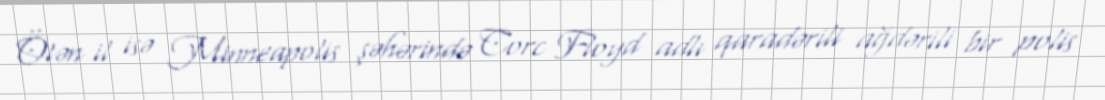
Ötən il isə Minneapolis şəhərində Corc Floyd adlı qaradərili ağdərili bir polis